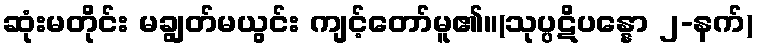
ဆုံးမတိုင်း မချွတ်မယွင်း ကျင့်တော်မူ၏။(သုပ္ပဋိပန္နော ၂-နက်)